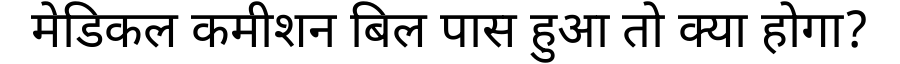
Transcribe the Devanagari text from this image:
मेडिकल कमीशन बिल पास हुआ तो क्या होगा?